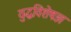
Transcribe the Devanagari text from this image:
युद्धविशेषज्ञ